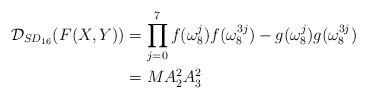
LaTeX: \begin{align*} \mathcal{D}_{SD_{16}}(F(X,Y)) & =\prod_{j=0}^7 f(\omega_8^j)f(\omega_8^{3j})- g(\omega_8^j)g(\omega_8^{3j})\\ & = MA_2^2A_3^2 \end{align*}